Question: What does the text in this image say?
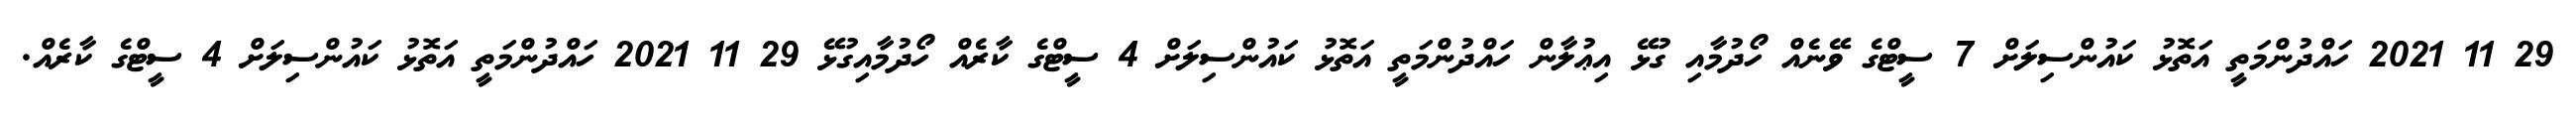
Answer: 29 11 2021 ހައްދުންމަތީ އަތޮޅު ކައުންސިލަށް 7 ސީޓްގެ ވޭނެއް ހޯދުމާއި ގުޅޭ އިޢުލާން ހައްދުންމަތީ އަތޮޅު ކައުންސިލަށް 4 ސީޓްގެ ކާރެއް ހޯދުމާއިގުޅޭ 29 11 2021 ހައްދުންމަތީ އަތޮޅު ކައުންސިލަށް 4 ސީޓްގެ ކާރެއް.